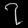
Digit: ၇